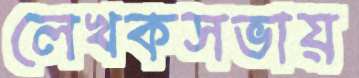
লেখকসভায়